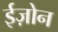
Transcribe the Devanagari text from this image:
ईज़ोन